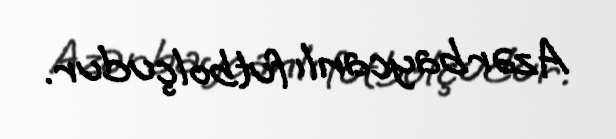
Azərbaycanlı futbolçudur.